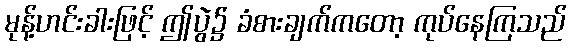
မုန့်ဟင်းခါးဖြင့် ဤပွဲ၌ ခံစားချက်ကတော့ ကုပ်နေကြသည်